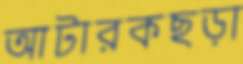
আটারকছড়া